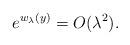
LaTeX: \begin{align*}e^{w_{\lambda}(y)}=O(\lambda^2).\end{align*}